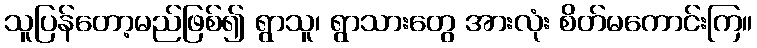
သူပြန်တော့မည်ဖြစ်၍ ရွာသူ၊ ရွာသားတွေ အားလုံး စိတ်မကောင်းကြ။